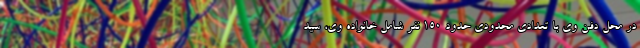
در محل دفن وی با تعدادی محدودی حدود ۱۵۰ نفر شامل خانواده وی، سید